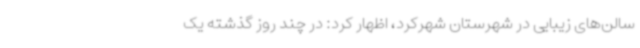
سالن‌های زیبایی در شهرستان شهرکرد، اظهار کرد: در چند روز گذشته یک